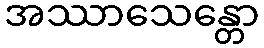
အဿာသေန္တော